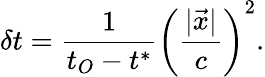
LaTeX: \delta t=\frac{1}{t_{O}-t^{*}}\left(\frac{|\vec{x}|}{c}\right)^{2}.